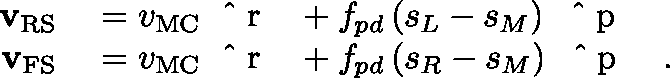
\begin{array} { r l } { { \mathbf { v } } _ { \mathrm { R S } } } & { { } = v _ { \mathrm { M C } } { \mathrm { ~ \boldmath ~ \hat { ~ } { ~ r ~ } ~ \unboldmath ~ } } + f _ { p d } \, ( s _ { L } - s _ { M } ) \, { \mathrm { ~ \boldmath ~ \hat { ~ } { ~ p ~ } ~ \unboldmath ~ } } } \\ { { \mathbf { v } } _ { \mathrm { F S } } } & { { } = v _ { \mathrm { M C } } { \mathrm { ~ \boldmath ~ \hat { ~ } { ~ r ~ } ~ \unboldmath ~ } } + f _ { p d } \, ( s _ { R } - s _ { M } ) \, { \mathrm { ~ \boldmath ~ \hat { ~ } { ~ p ~ } ~ \unboldmath ~ } } \ . } \end{array}